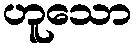
ဟူသော